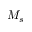
M _ { s }